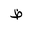
Letter: _za